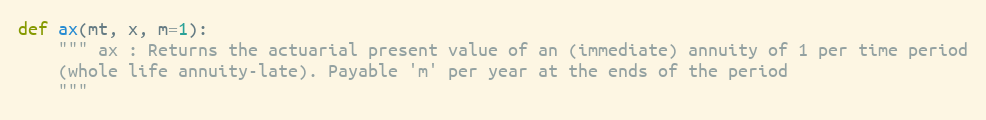
Language: Python
def ax(mt, x, m=1):
    """ ax : Returns the actuarial present value of an (immediate) annuity of 1 per time period
    (whole life annuity-late). Payable 'm' per year at the ends of the period
    """